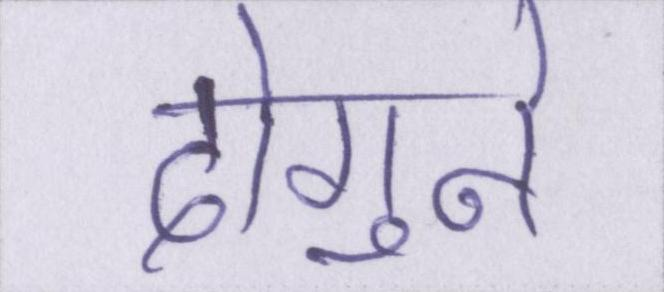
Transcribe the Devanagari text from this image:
दोगुने